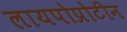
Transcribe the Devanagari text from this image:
लायपोप्रोटीन